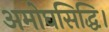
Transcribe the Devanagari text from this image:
अमोघसिद्धि।